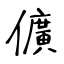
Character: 儣